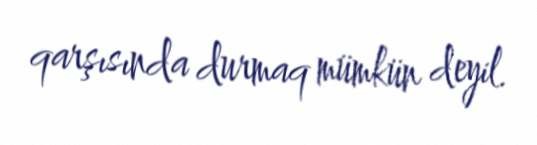
qarşısında durmaq mümkün deyil.